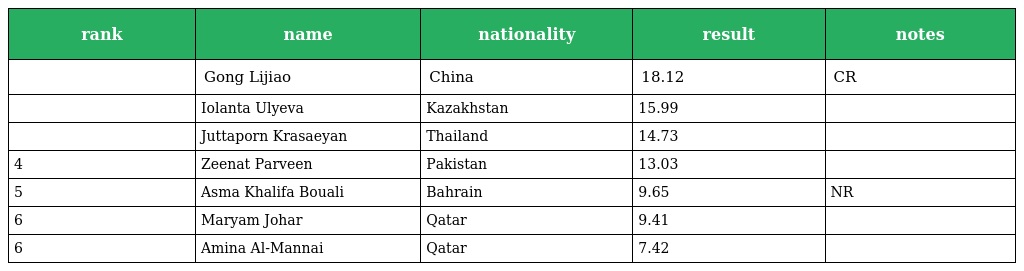
| rank | name | nationality | result | notes |
 | --- | --- | --- | --- | --- |
 |  | Gong Lijiao | China | 18.12 | CR |
 |  | Iolanta Ulyeva | Kazakhstan | 15.99 |  |
 |  | Juttaporn Krasaeyan | Thailand | 14.73 |  |
 | 4 | Zeenat Parveen | Pakistan | 13.03 |  |
 | 5 | Asma Khalifa Bouali | Bahrain | 9.65 | NR |
 | 6 | Maryam Johar | Qatar | 9.41 |  |
 | 6 | Amina Al-Mannai | Qatar | 7.42 |  |